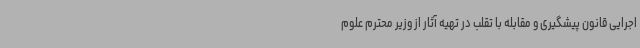
اجرایی قانون پیشگیری و مقابله با تقلب در تهیه آثار از وزیر محترم علوم